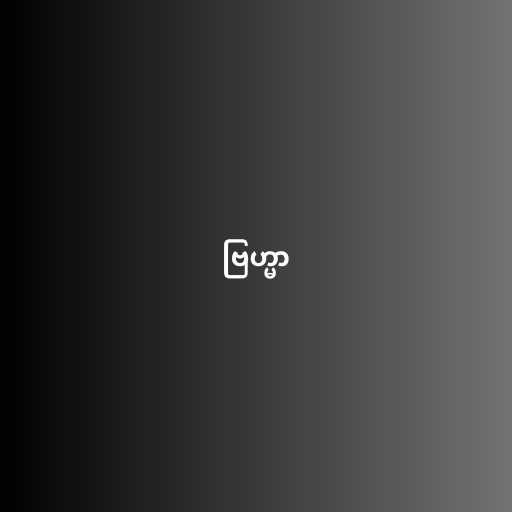
ဗြဟ္မာ